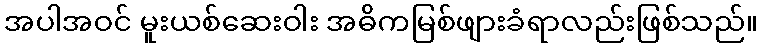
အပါအဝင် မူးယစ်ဆေးဝါး အဓိကမြစ်ဖျားခံရာလည်းဖြစ်သည်။